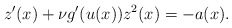
\begin{align*}z'(x) + \nu g'(u(x))z^{2}(x)= - a(x).\end{align*}